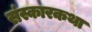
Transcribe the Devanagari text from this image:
संस्कारकथा